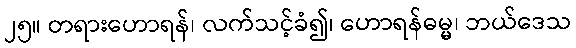
၂၅။ တရားဟောရန်၊ လက်သင့်ခံ၍၊ ဟောရန်ဓမ္မ၊ ဘယ်ဒေသ